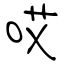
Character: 哎